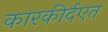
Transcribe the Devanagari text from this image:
कारकीर्दएत